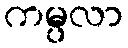
ကမ္ပလာ